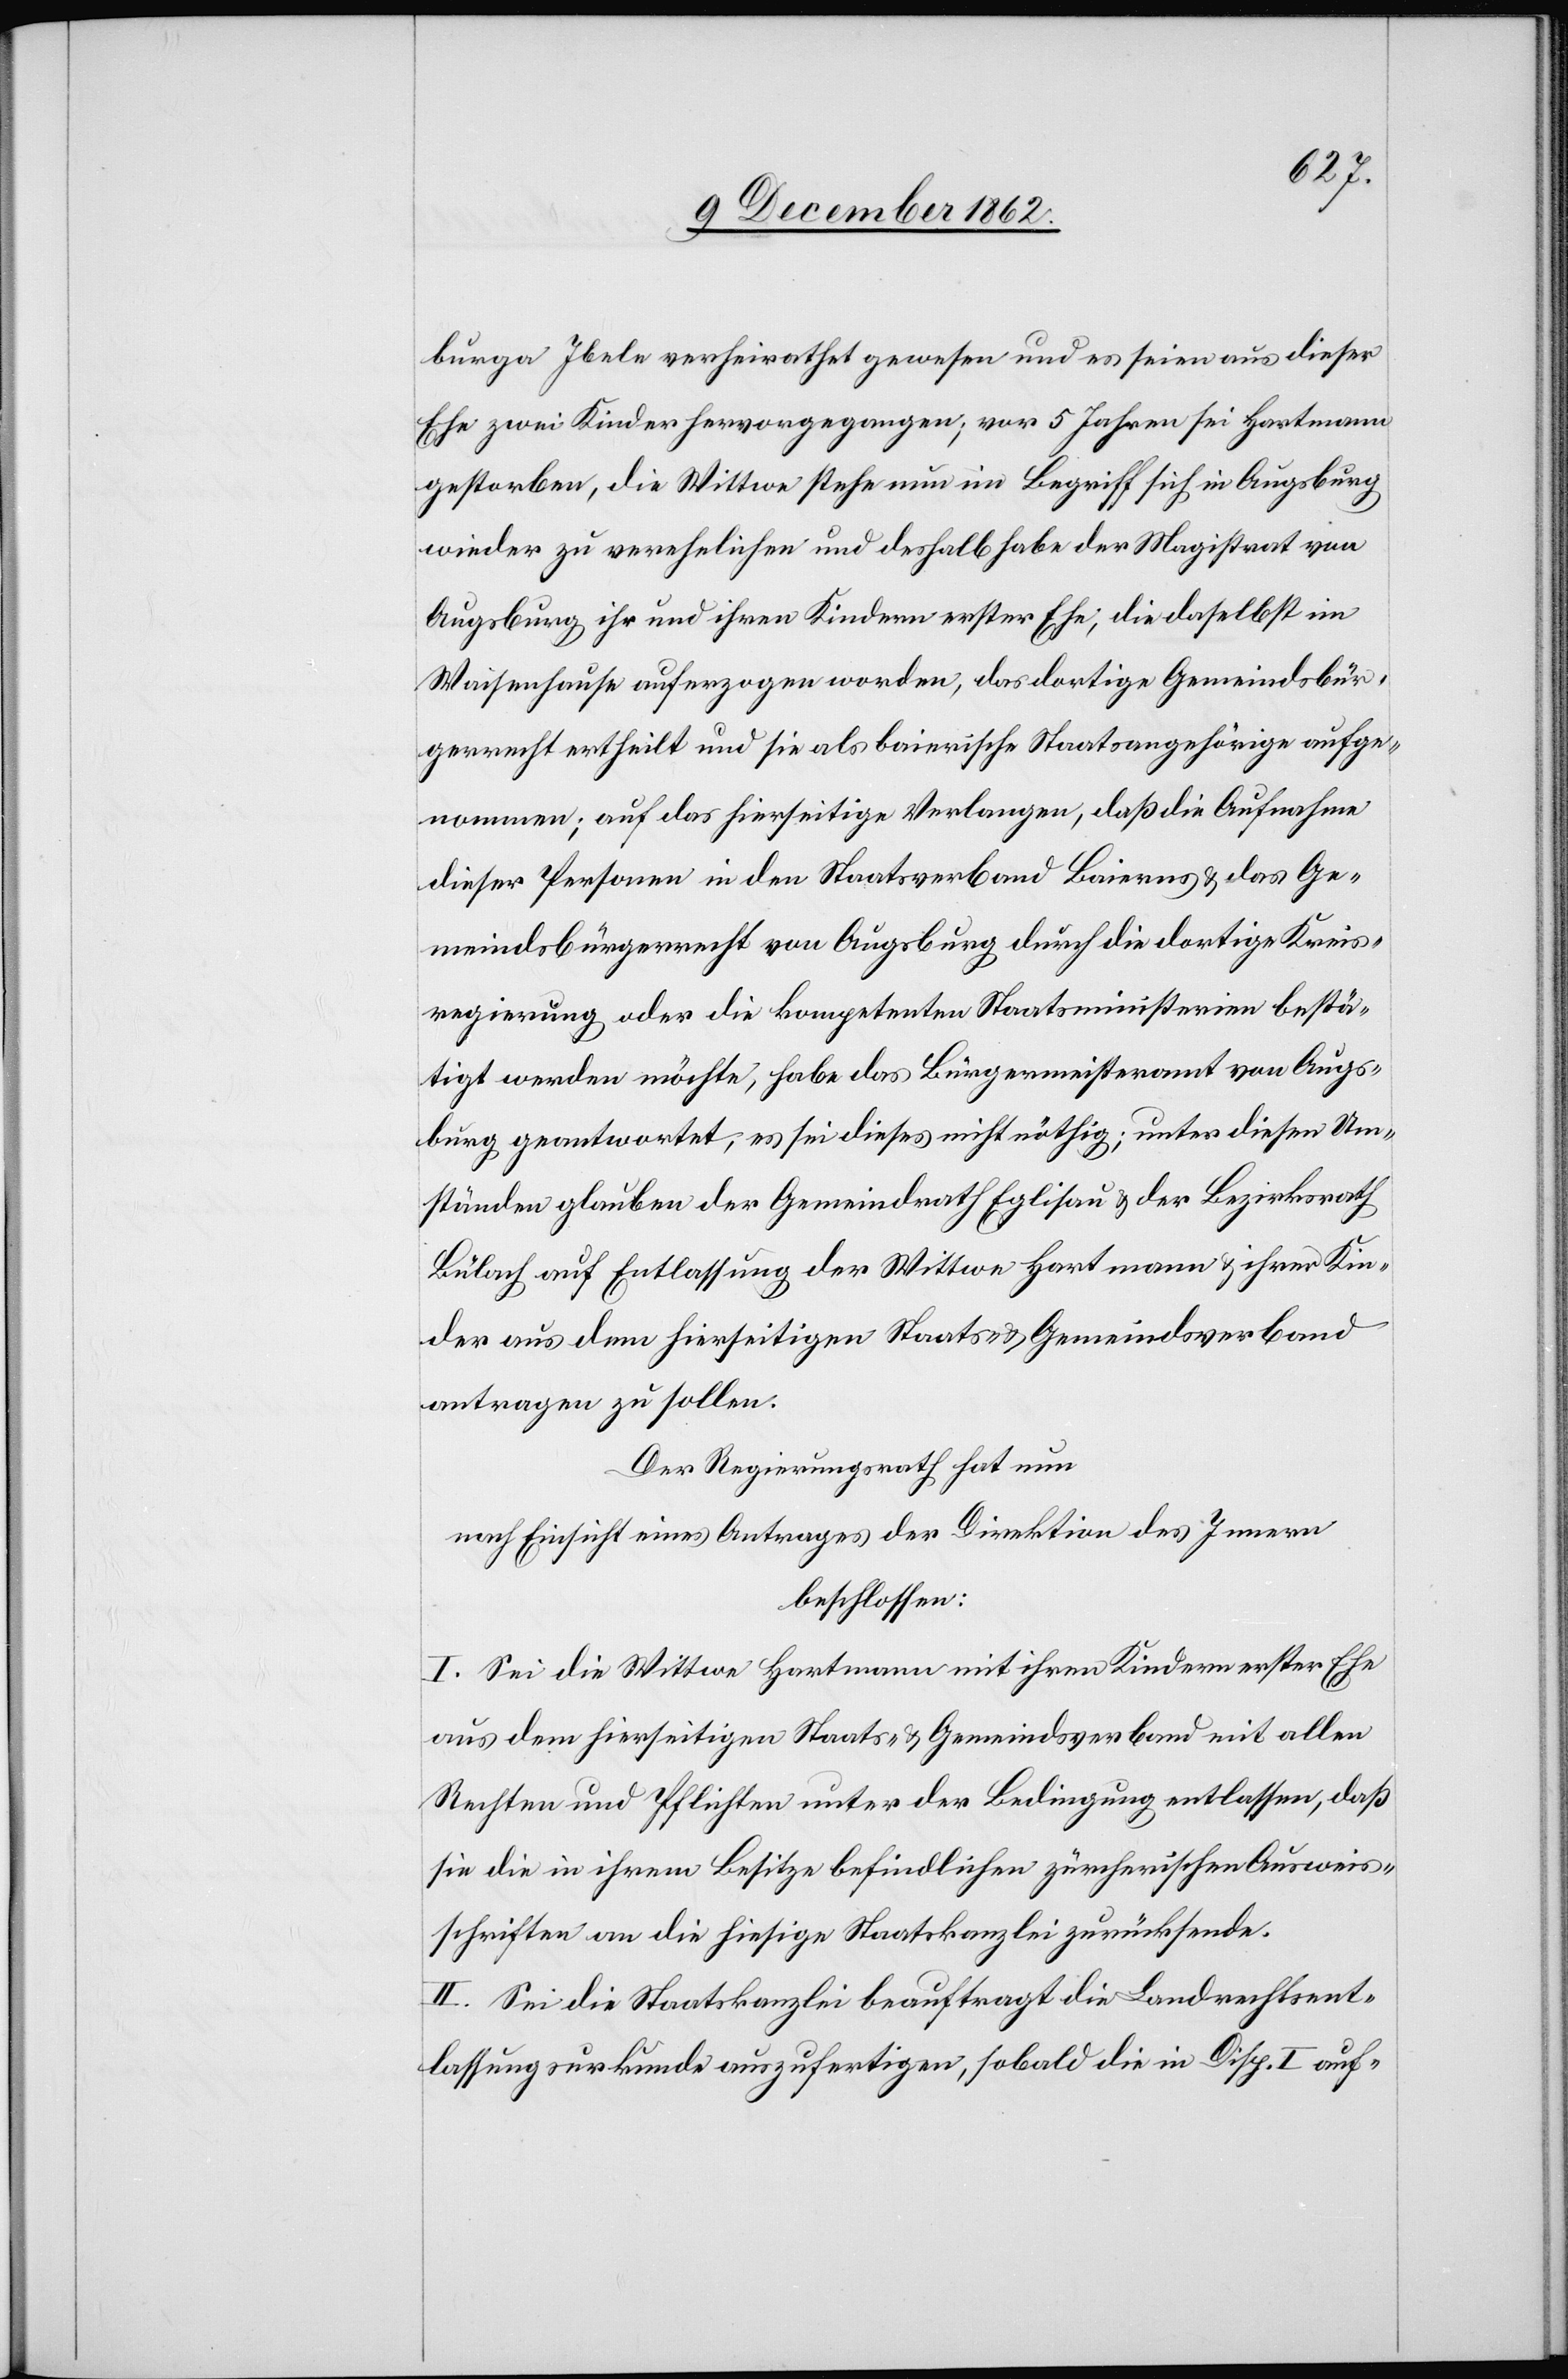
burga Ibele verheirathet gewesen und es seien aus dieser
Ehe zwei Kinder hervorgegangen; vor 5 Jahren sei Hartmann
gestorben, die Wittwe stehe nun im Begriff sich in Augsburg
wieder zu verehelichen und deshalb habe der Magistrat von
Augsburg ihr und ihren Kindern erster Ehe, die daselbst im
Waisenhause auferzogen worden, das dortige Gemeindsbür¬
gerrecht ertheilt und sie als baierische Staatsangehörige aufge¬
nommen; auf das hierseitige Verlangen, daß die Aufnahme
dieser Personen in den Staatsverband Baierns u. das Ge¬
meindsbürgerrecht von Augsburg durch die dortige Kreis¬
regierung oder die kompetenten Staatsministerien bestä¬
tigt werden möchte, habe das Bürgermeisteramt von Augs¬
burg beantwortet, es sei dieses nicht nöthig; unter diesen Um¬
ständen glauben der Gemeindrath Eglisau u. der Bezirksrath
Bülach auf Entlassung der Wittwe Hartmann u. ihrer Kin¬
der aus dem hierseitigen Staats- u. Gemeindsverband
antragen zu sollen.
Der Regierungsrath hat nun
nach Einsicht eines Antrages der Direktion des innern
beschlossen:
I. Sei die Wittwe Hartmann mit ihren Kindern erster Ehe
aus dem hierseitigen Staats- u. Gemeindsverband mit allen
Rechten und Pflichten unter der Bedingung entlassen, daß
sie die in ihrem Besitze befindlichen zürcherischen Ausweis¬
schriften an die hiesige Staatskanzlei zurücksende.
II. Sei die Staatskanzlei beauftragt die Landrechtsent¬
lassungsurkunde auszufertigen, sobald die in Disp. I auf-